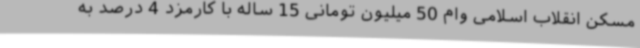
مسکن انقلاب اسلامی وام 50 میلیون تومانی 15 ساله با کارمزد 4 درصد به